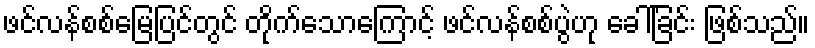
ဖင်လန်စစ်မြေပြင်တွင် တိုက်သောကြောင့် ဖင်လန်စစ်ပွဲဟု ခေါ်ခြင်း ဖြစ်သည်။